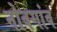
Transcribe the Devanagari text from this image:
नोवगांव